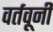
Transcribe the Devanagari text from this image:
वर्तवूनी